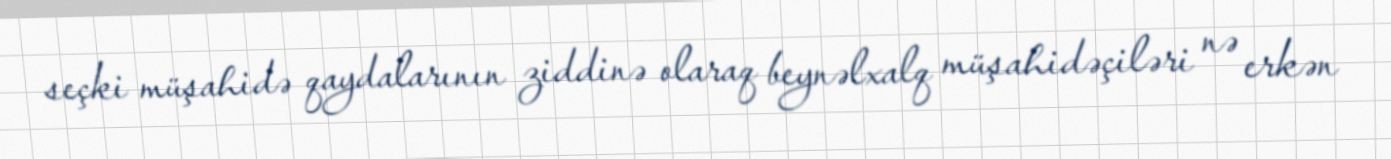
seçki müşahidə qaydalarının ziddinə olaraq beynəlxalq müşahidəçiləri nə erkən